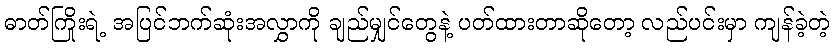
ဓာတ်ကြိုးရဲ့ အပြင်ဘက်ဆုံးအလွှာကို ချည်မျှင်တွေနဲ့ ပတ်ထားတာဆိုတော့ လည်ပင်းမှာ ကျန်ခဲ့တဲ့